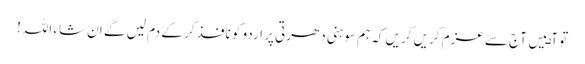
تو آٸیں آج سے عزم کریں کریں کہ ہم سوہنی دھرتی پر اردو کو نافذ کر کے دم لیں گے ان شاء اللہ!